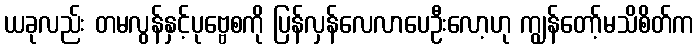
ယခုလည်း တမလွန်နှင့်ပုဗ္ဗေစကို ပြန်လှန်လေလာပေဦးလော့ဟု ကျွန်တော့်မသိစိတ်က